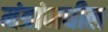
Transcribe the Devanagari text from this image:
मंत्रांमधील